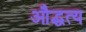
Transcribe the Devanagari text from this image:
औद्धत्य